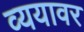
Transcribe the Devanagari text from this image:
व्ययावर